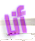
أنا